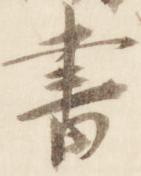
書